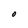
Character: O